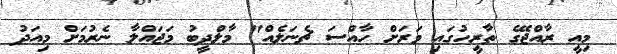
މިއީ ރާއްޖޭގެ ތާރީހުގައި ވަރަށް ހާއްސަ ޗެނަލެއް" މާލްދީބު މަޖައްލާ ނެރުމަށް މިއަދު